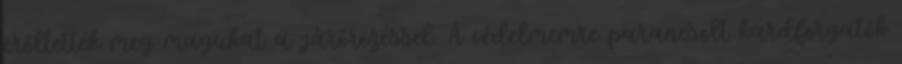
erőltették meg magukat a járőrözéssel. A védelmemre parancsolt kardforgatók